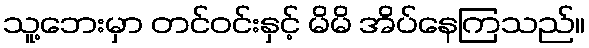
သူ့ဘေးမှာ တင်ဝင်းနှင့် မိမိ အိပ်နေကြသည်။